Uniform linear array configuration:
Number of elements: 8
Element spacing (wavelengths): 0.5
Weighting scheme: kaiser
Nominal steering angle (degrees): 60
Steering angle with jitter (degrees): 60.961
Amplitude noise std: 0.05
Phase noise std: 0.05

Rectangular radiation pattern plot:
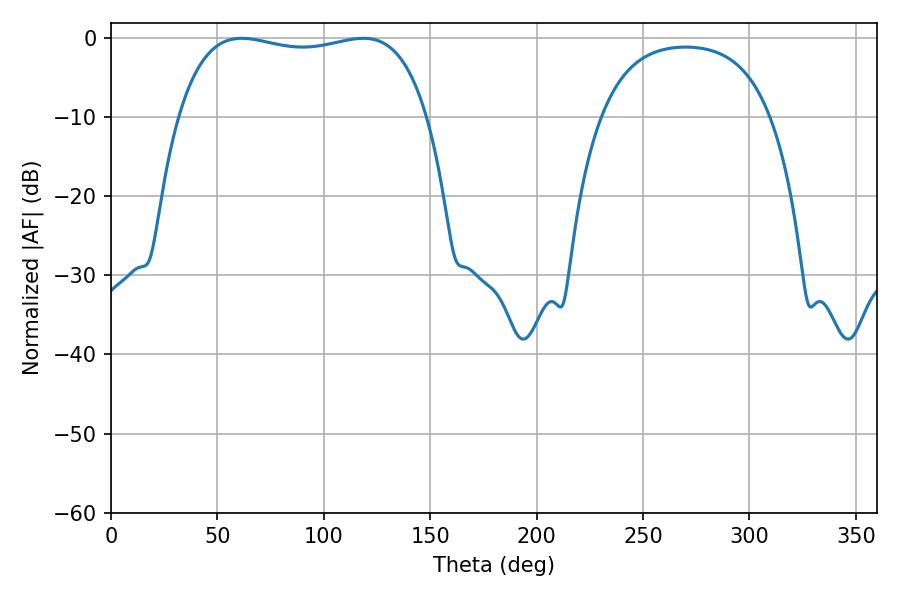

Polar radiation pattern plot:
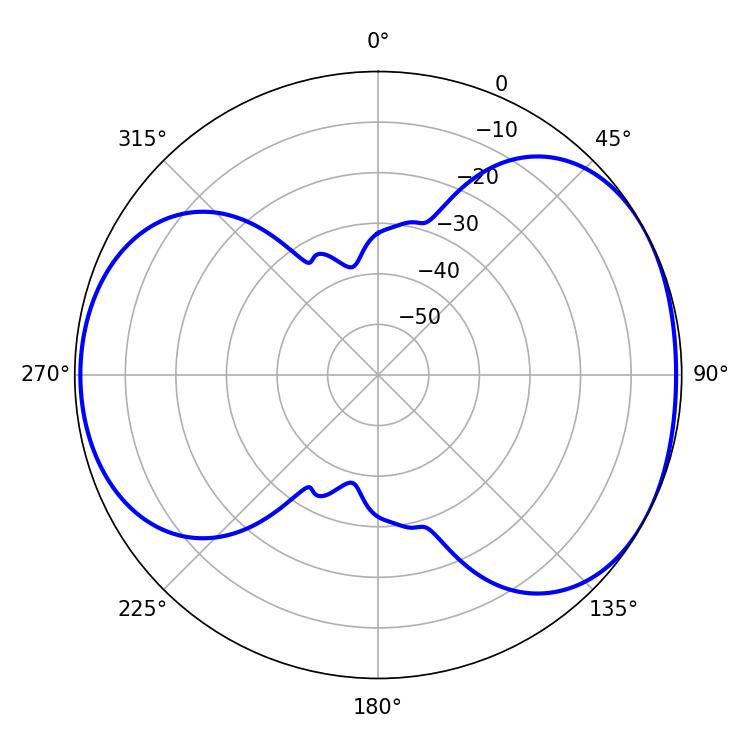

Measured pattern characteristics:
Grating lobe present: FALSE
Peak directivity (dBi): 4.885
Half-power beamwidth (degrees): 94.32
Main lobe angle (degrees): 61.38